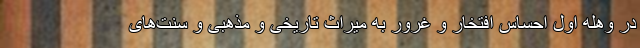
در وهله اول احساس افتخار و غرور به میراث تاریخی و مذهبی و سنت‌های